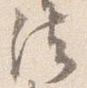
法